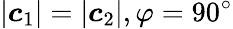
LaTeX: \lvert\boldsymbol c_{1}\rvert=\lvert\boldsymbol c_{2}\rvert,\varphi=90^{\circ}